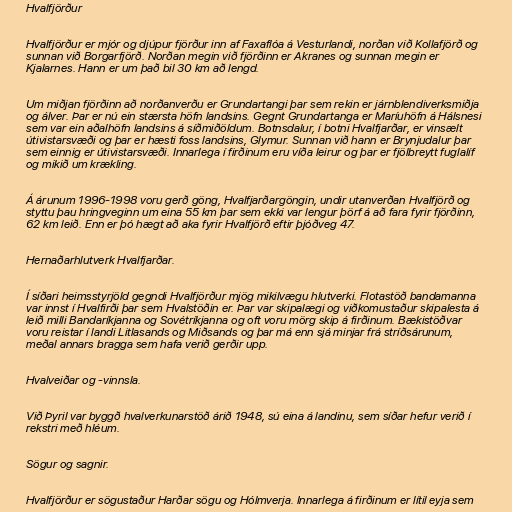
Hvalfjörður

Hvalfjörður er mjór og djúpur fjörður inn af Faxaflóa á Vesturlandi, norðan við Kollafjörð og
sunnan við Borgarfjörð. Norðan megin við fjörðinn er Akranes og sunnan megin er
Kjalarnes. Hann er um það bil 30 km að lengd.

Um miðjan fjörðinn að norðanverðu er Grundartangi þar sem rekin er járnblendiverksmiðja
og álver. Þar er nú ein stærsta höfn landsins. Gegnt Grundartanga er Maríuhöfn á Hálsnesi
sem var ein aðalhöfn landsins á síðmiðöldum. Botnsdalur, í botni Hvalfjarðar, er vinsælt
útivistarsvæði og þar er hæsti foss landsins, Glymur. Sunnan við hann er Brynjudalur þar
sem einnig er útivistarsvæði. Innarlega í firðinum eru víða leirur og þar er fjölbreytt fuglalíf
og mikið um krækling.

Á árunum 1996-1998 voru gerð göng, Hvalfjarðargöngin, undir utanverðan Hvalfjörð og
styttu þau hringveginn um eina 55 km þar sem ekki var lengur þörf á að fara fyrir fjörðinn,
62 km leið. Enn er þó hægt að aka fyrir Hvalfjörð eftir þjóðveg 47.

Hernaðarhlutverk Hvalfjarðar.

Í síðari heimsstyrjöld gegndi Hvalfjörður mjög mikilvægu hlutverki. Flotastöð bandamanna
var innst í Hvalfirði þar sem Hvalstöðin er. Þar var skipalægi og viðkomustaður skipalesta á
leið milli Bandaríkjanna og Sovétríkjanna og oft voru mörg skip á firðinum. Bækistöðvar
voru reistar í landi Litlasands og Miðsands og þar má enn sjá minjar frá stríðsárunum,
meðal annars bragga sem hafa verið gerðir upp.

Hvalveiðar og -vinnsla.

Við Þyril var byggð hvalverkunarstöð árið 1948, sú eina á landinu, sem síðar hefur verið í
rekstri með hléum.

Sögur og sagnir.

Hvalfjörður er sögustaður Harðar sögu og Hólmverja. Innarlega á firðinum er lítil eyja sem